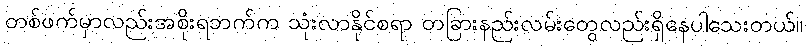
တစ်ဖက်မှာလည်းအစိုးရဘက်က သုံးလာနိုင်စရာ တခြားနည်းလမ်းတွေလည်းရှိနေပါသေးတယ်။